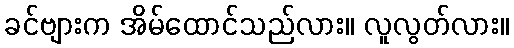
ခင်ဗျားက အိမ်ထောင်သည်လား။ လူလွတ်လား။